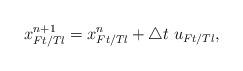
LaTeX: \begin{align*}x^{n+1}_{Ft/Tl}=x^{n}_{Ft/Tl}+\triangle t\;u_{Ft/Tl},\end{align*}